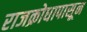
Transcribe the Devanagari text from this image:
राजक्रोधापासून